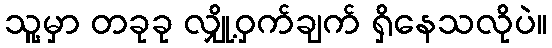
သူ့မှာ တခုခု လျှို့ဝှက်ချက် ရှိနေသလိုပဲ။